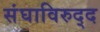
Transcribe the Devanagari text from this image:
संघाविरुद्द